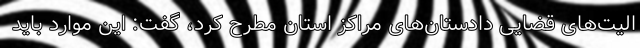
الیت‌های قضایی دادستان‌های مراکز استان مطرح کرد، گفت: این موارد باید